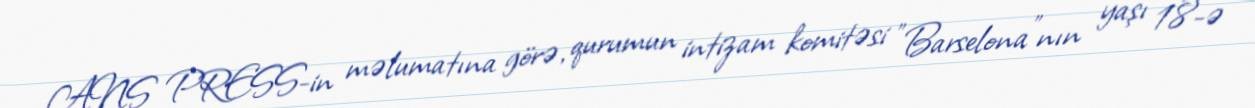
ANS PRESS-in məlumatına görə, qurumun intizam komitəsi "Barselona"nın yaşı 18-ə